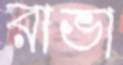
রাভা